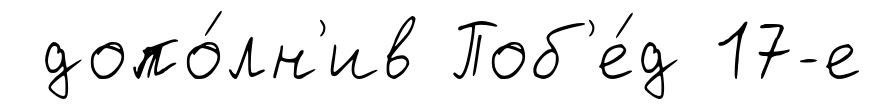
допо́лн'ив Поб'е́д 17-е